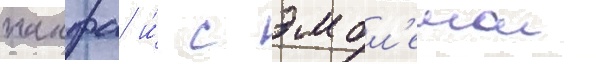
накфа и́ с эмбл'емои